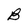
Character: B